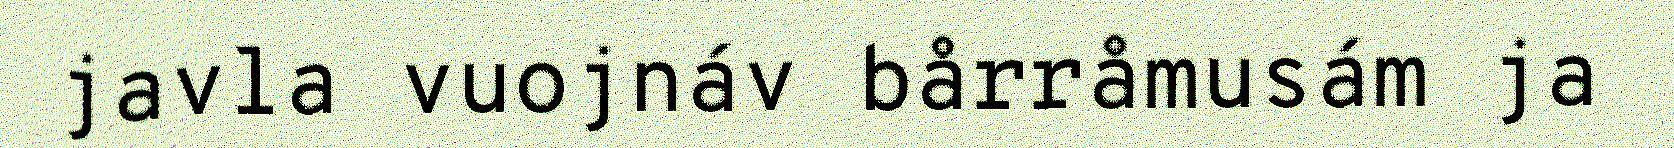
javla vuojnáv bårråmusám ja